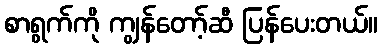
စာရွက်ကို ကျွန်တော့်ဆီ ပြန်ပေးတယ်။